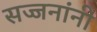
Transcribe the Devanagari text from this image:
सज्जनांनी